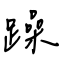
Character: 躁